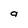
Character: a